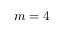
m = 4